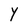
Character: Y